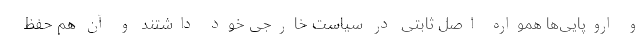
و اروپایی‌ها همواره اصل ثابتی در سیاست خارجی خود داشتند و آن هم حفظ